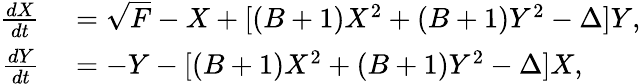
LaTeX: \begin{array}{rl}{\frac{dX}{dt}}&{{}=\sqrt{F}-X+[(B+1)X^{2}+(B+1)Y^{2}-\Delta]Y,}\\ {\frac{dY}{dt}}&{{}=-Y-[(B+1)X^{2}+(B+1)Y^{2}-\Delta]X,}\end{array}